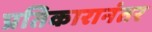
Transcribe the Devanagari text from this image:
प्रतिकारानंतर